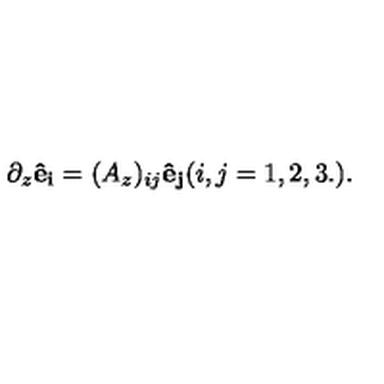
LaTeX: \partial _ { z } { \bf \hat { e } { _ { i } } } = ( A _ { z } ) _ { i j } { \bf \hat { e } { _ { j } } } ( i , j = 1 , 2 , 3 . ) .